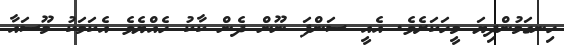
ހިނގަމުންދިޔަ މީހަކަށެވެ. އެއީ ސަންފަ ނޫން ދެން ކާކު ހެއްޔެވެ އެކަމަކު މޫސައާ